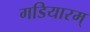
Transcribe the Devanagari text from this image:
गडियारम्